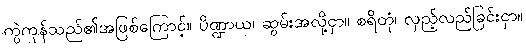
ကွဲကုန်သည်၏အဖြစ်ကြောင့်။ ပိဏ္ဍာယ၊ ဆွမ်းအလို့ငှာ။ စရိတုံ၊ လှည့်လည်ခြင်းငှာ။